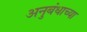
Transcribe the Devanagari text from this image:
अनुबंधाच्या